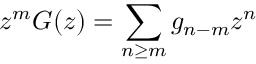
z ^ { m } G ( z ) = \sum _ { n \geq m } g _ { n - m } z ^ { n }